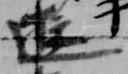
遊